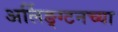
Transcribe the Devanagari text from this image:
अर्लिङ्ग्टनच्या